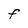
Character: F